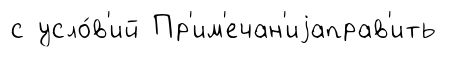
с усло́в'ий Пр'им'ечан'иjаправ'ить